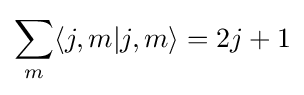
\sum _{m}\langle j,m|j,m\rangle =2j+1